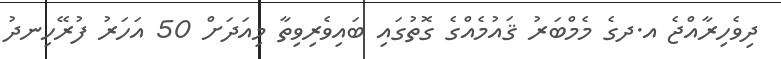
ދިވެހިރާއްޖެ އ.ދގެ މެމްބަރު ޤައުމެއްގެ ގޮތުގައި ބައިވެރިވިތާ މިއަދަށް 50 އަހަރު ފުރޭހިނދު